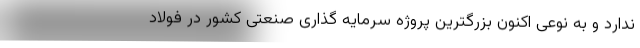
ندارد و به نوعی اکنون بزرگترین پروژه سرمایه گذاری صنعتی کشور در فولاد